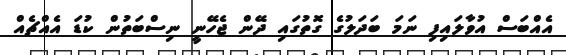
އެއްބަސް އުވާލައިފި ނަމަ ބަދަލުގެ ގޮތުގައި ދޭން ޖެހޭނީ ނިސްބަތުން ކުޑަ އެއްޗެއް